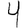
Digit: 4